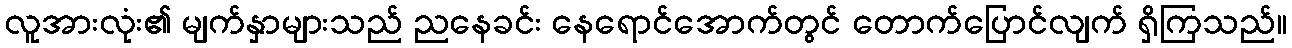
လူအားလုံး၏ မျက်နှာများသည် ညနေခင်း နေရောင်အောက်တွင် တောက်ပြောင်လျက် ရှိကြသည်။